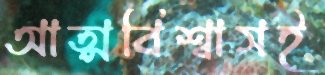
আত্মবিশ্বাসই